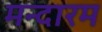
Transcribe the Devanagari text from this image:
मन्दारम